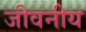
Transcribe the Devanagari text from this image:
जीवनीय